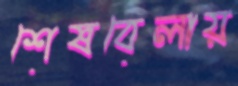
শেষবেলায়